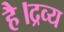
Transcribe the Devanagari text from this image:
है।द्रव्य